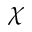
\chi